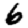
Digit: 6